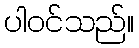
ပါဝင်သည်။